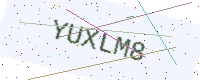
Text: YUXLM8